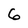
Character: 6